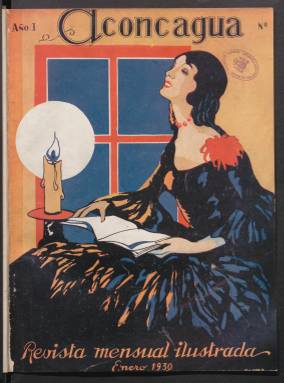
Título: Aconcagua (Buenos Aires)
Colección: Revistas de información general
Ámbito geográfico: Argentina
Lugar de publicación: Buenos Aires
Fechas: 01/01/1930-31/10/1936